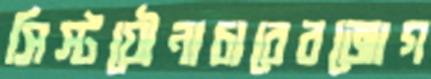
সিস্টযৌনাচারেরজোগ